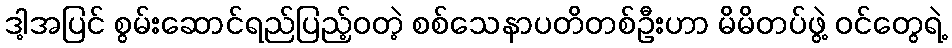
ဒါ့အပြင် စွမ်းဆောင်ရည်ပြည့်ဝတဲ့ စစ်သေနာပတိတစ်ဦးဟာ မိမိတပ်ဖွဲ့ ဝင်တွေရဲ့